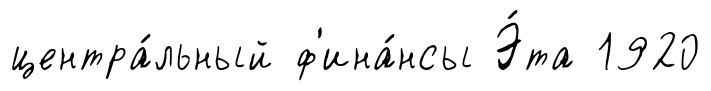
центра́льный ф'ина́нсы Э́та 1920